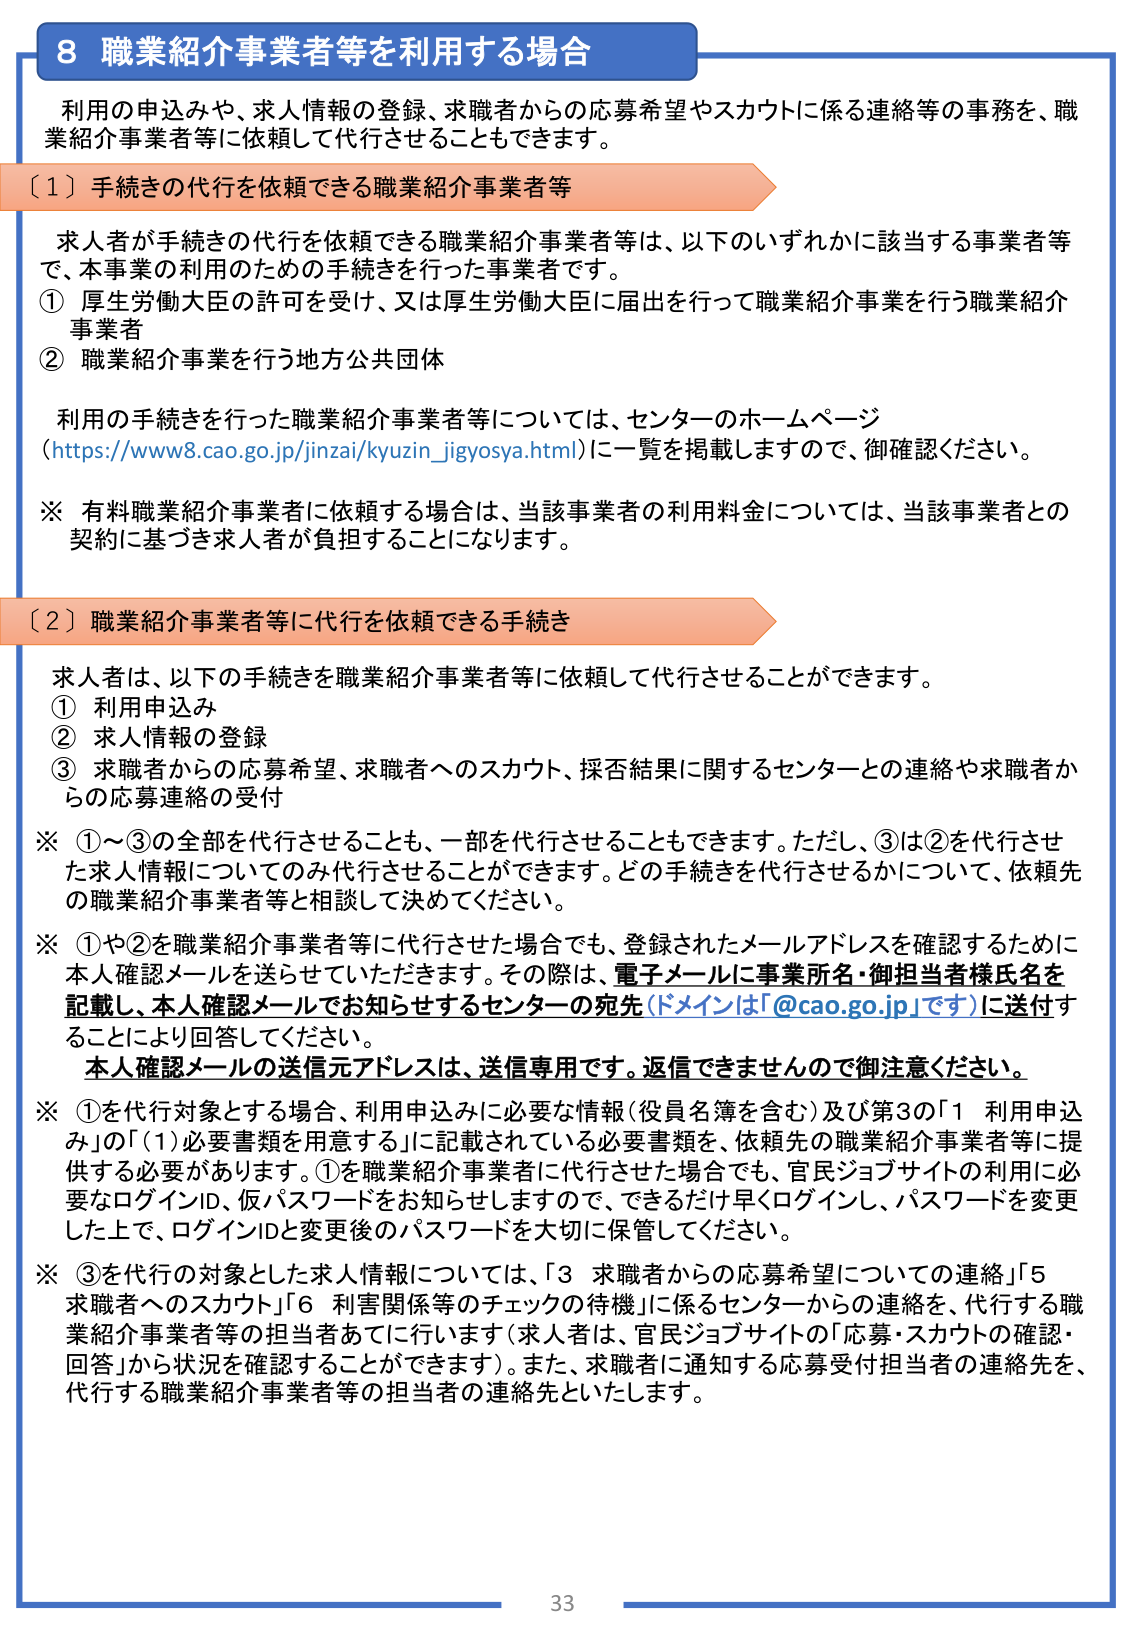
8 職業紹介事業者等を利用する場合

利用の申込みや、求人情報の登録、求職者からの応募希望やスカウトに係る連絡等の事務を、職業紹介事業者等に依頼して代行させることもできます。

〔１〕手続きの代行を依頼できる職業紹介事業者等

求人者が手続きの代行を依頼できる職業紹介事業者等は、以下のいずれかに該当する事業者等で、本事業の利用のための手続きを行った事業者です。
① 厚生労働大臣の許可を受け、又は厚生労働大臣に届出を行って職業紹介事業を行う職業紹介事業者
② 職業紹介事業を行う地方公共団体

利用の手続きを行った職業紹介事業者等については、センターのホームページ（https://www8.cao.go.jp/jinzai/kyuzin_jigyosya.html）に一覧を掲載しますので、御確認ください。

※ 有料職業紹介事業者に依頼する場合は、当該事業者の利用料金については、当該事業者との契約に基づき求人者が負担することになります。

〔２〕職業紹介事業者等に代行を依頼できる手続き

求人者は、以下の手続きを職業紹介事業者等に依頼して代行させることができます。
① 利用申込み
② 求人情報の登録
③ 求職者からの応募希望、求職者へのスカウト、採否結果に関するセンターとの連絡や求職者からの応募連絡の受付

※ ①～③の全部を代行させることも、一部を代行させることもできます。ただし、③は②を代行させた求人情報についてのみ代行させることができます。どの手続きを代行させるかについて、依頼先の職業紹介事業者等と相談して決めてください。

※ ①や②を職業紹介事業者等に代行させた場合でも、登録されたメールアドレスを確認するために本人確認メールを送らせていただきます。その際は、電子メールに事業所名・御担当者様氏名を記載し、本人確認メールでお知らせするセンターの宛先（ドメインは「@cao.go.jp」です）に送付することにより回答してください。
本人確認メールの送信元アドレスは、送信専用です。返信できませんので御注意ください。

※ ①を代行対象とする場合、利用申込みに必要な情報（役員名簿を含む）及び第3の「1 利用申込み」の「(1)必要書類を用意する」に記載されている必要書類を、依頼先の職業紹介事業者等に提供する必要があります。①を職業紹介事業者に代行させた場合でも、官民ジョブサイトの利用に必要なログインID、仮パスワードをお知らせしますので、できるだけ早くログインし、パスワードを変更した上で、ログインIDと変更後のパスワードを大切に保管してください。

※ ③を代行の対象とした求人情報については、「3 求職者からの応募希望についての連絡」「5 求職者へのスカウト」「6 利害関係等のチェック」に係るセンターからの連絡を、代行する職業紹介事業者等の担当者あてに行います（求人者は、官民ジョブサイトの「応募・スカウトの確認・回答」から状況を確認することができます）。また、求職者に通知する応募受付担当者の連絡先を、代行する職業紹介事業者等の担当者の連絡先といたします。

33